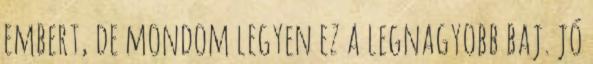
embert, de mondom legyen ez a legnagyobb baj. jó